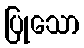
ပြုသော